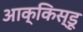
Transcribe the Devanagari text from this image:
आक्किस्डू